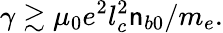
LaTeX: \gamma\gtrsim\mu_{0}e^{2}l_{c}^{2}\mathsf{n}_{b0}/m_{e}.